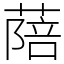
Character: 䔒